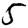
Digit: 5